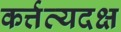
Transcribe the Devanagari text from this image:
कर्त्तव्यदक्ष